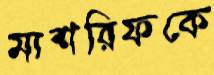
মাশরিফকে